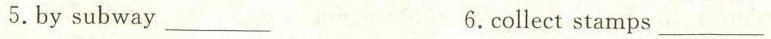
5.by subway ___ 6.collect stamps ___